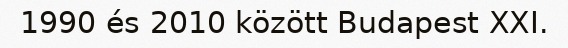
1990 és 2010 között Budapest XXI.